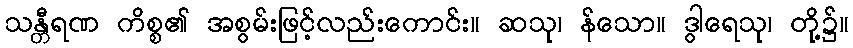
သန္တီရဏ ကိစ္စ၏ အစွမ်းဖြင့်လည်းကောင်း။ ဆသု၊ န်သော။ ဒွါရေသု၊ တို့၌။